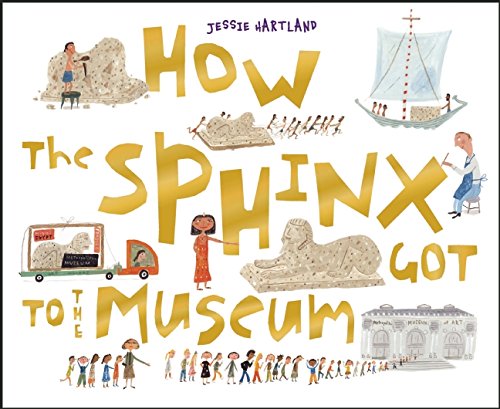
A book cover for How the Sphinx Got to the Museum (How the . . . Got to the Museum); Children's Books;